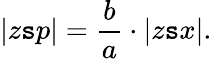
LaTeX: |z\mathtt{s}p|={\frac{{b}}{{a}}}\cdot|z\mathtt{s}x|.